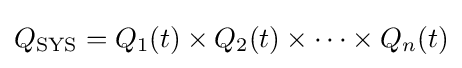
Q_{\text{SYS}}=Q_{1}(t)\times Q_{2}(t)\times \cdots \times Q_{n}(t)